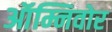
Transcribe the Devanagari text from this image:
ऑम्निवोर